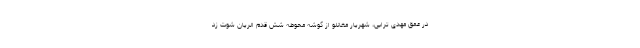
در عمق مهدی ترابی، شهریار مغانلو از گوشه محوطه شش قدم الریان شوت زد